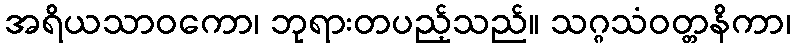
အရိယသာဝကော၊ ဘုရားတပည့်သည်။ သဂ္ဂသံဝတ္တနိကာ၊